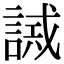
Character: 𧪖